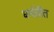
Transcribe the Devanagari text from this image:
धर्मातीत